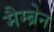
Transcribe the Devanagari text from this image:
मैम्ब्रेन